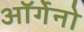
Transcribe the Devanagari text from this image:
ऑर्गेनो